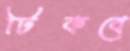
টিকবে